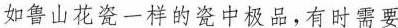
如鲁山花瓷一样的瓷中极品，有时需要